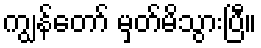
ကျွန်တော် မှတ်မိသွားပြီ။